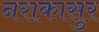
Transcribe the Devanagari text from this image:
नराकासुर